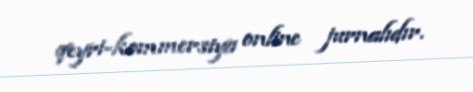
qeyri-kommersiya online jurnalıdır.